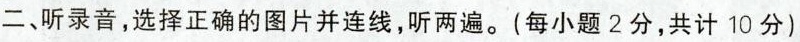
二、听录音，选择正确的图片并连线，听两遍。(每小题2分，共计10分